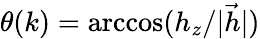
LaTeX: \theta(k)=\operatorname{arccos}(h_{z}/|{\vec{h}}|)